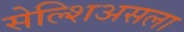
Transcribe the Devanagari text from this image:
सेल्शिअसला